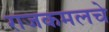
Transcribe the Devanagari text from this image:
राजकमलचे